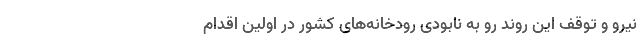
نیرو و توقف این روند رو به نابودی رودخانه‌های کشور در اولین اقدام